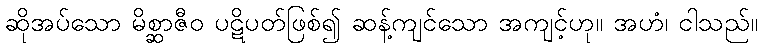
ဆိုအပ်သော မိစ္ဆာဇီဝ ပဋိပတ်ဖြစ်၍ ဆန့်ကျင်သော အကျင့်ဟု။ အဟံ၊ ငါသည်။